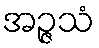
အဉ္ဇသံ